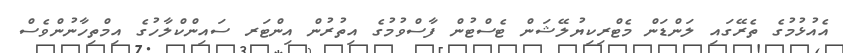
އެއުޅުމުގެ ތެރޭގައި ލަންޑަން މެޓްރިކިޔުލޭޝަން ޓެސްޓުން ފާސްވުމުގެ އިތުރުން އިންޓަރ ސައިންކްލާހުގެ އިމްތިހާނުންވެސް